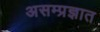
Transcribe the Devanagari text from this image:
असम्प्रज्ञात